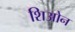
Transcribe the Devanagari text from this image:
शिओन